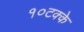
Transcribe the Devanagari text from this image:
१०टक्के